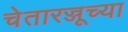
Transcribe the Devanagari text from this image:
चेतारज्जूच्या